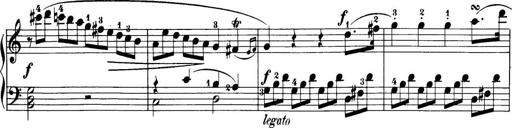
Title: 32 Sonatinas and Rondos for the Piano
Composer: Richard Kleinmichel